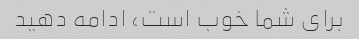
برای شما خوب است، ادامه دهید